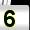
Digit: 5